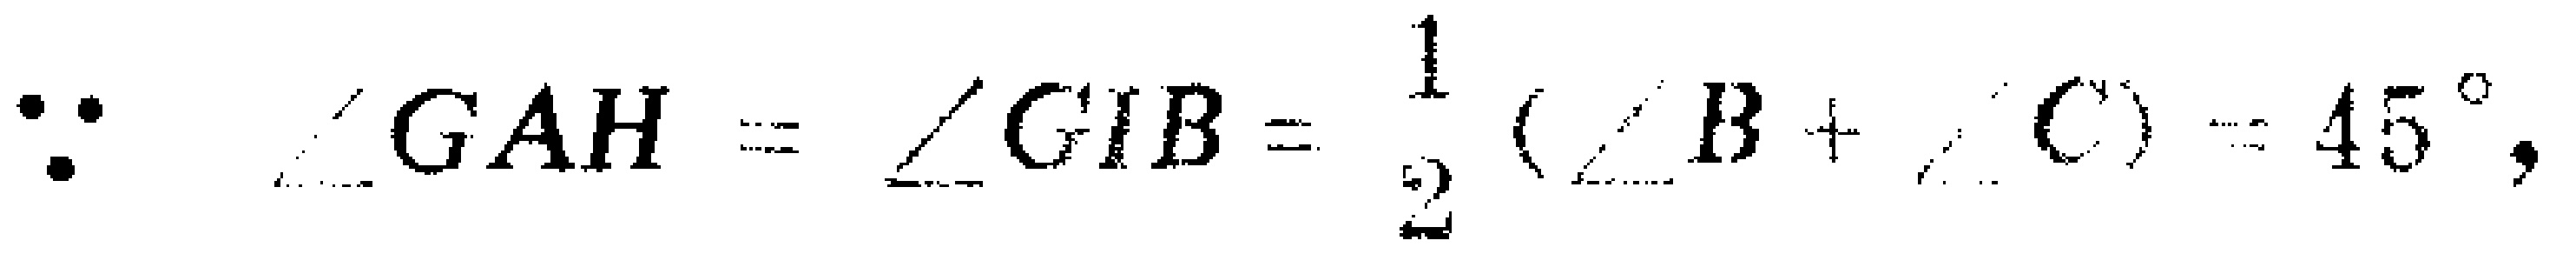
\(\because \angle GAH=\angle GIB = \frac{1}{2}(\angle B+\angle C)=45^{\circ},\)